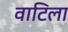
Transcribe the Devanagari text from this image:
वाटिला